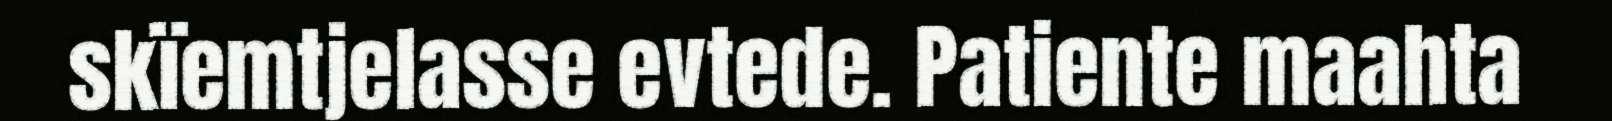
skïemtjelasse evtede. Patiente maahta